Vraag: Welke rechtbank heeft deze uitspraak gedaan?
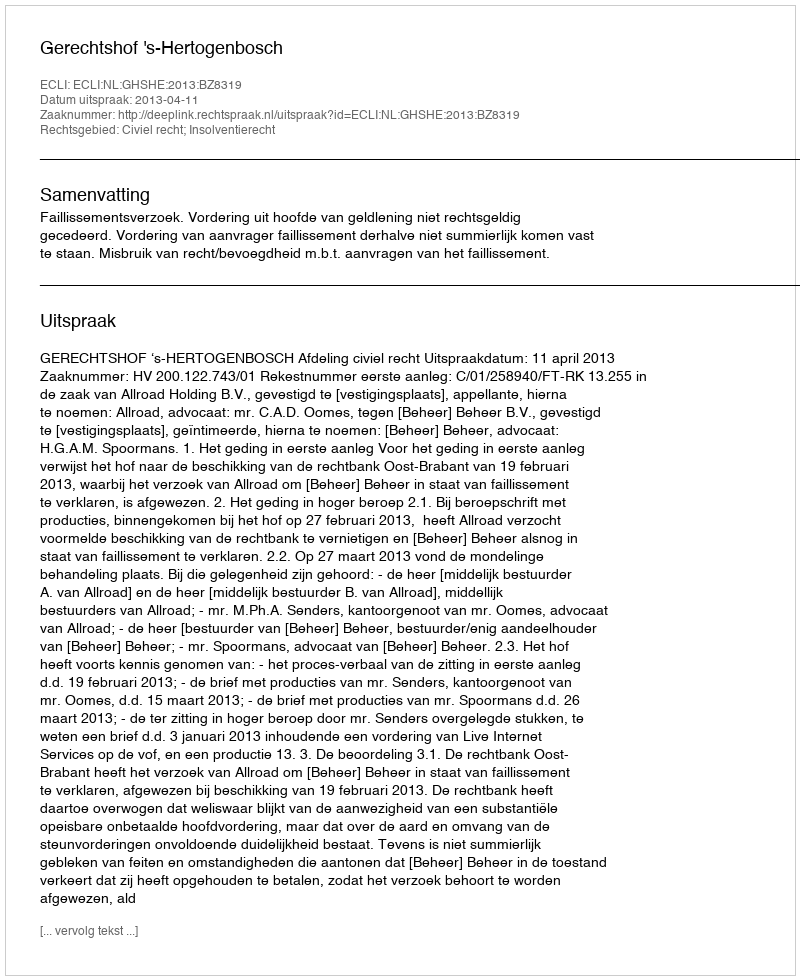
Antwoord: Gerechtshof 's-Hertogenbosch